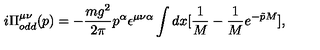
i \Pi _ { o d d } ^ { \mu \nu } ( p ) = - \frac { m g ^ { 2 } } { 2 \pi } p ^ { \alpha } \epsilon ^ { \mu \nu \alpha } \int d x [ \frac { 1 } { M } - \frac { 1 } { M } e ^ { - \tilde { p } M } ] ,